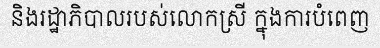
និងរដ្ឋាភិបាលរបស់លោកស្រី ក្នុងការបំពេញ